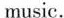
music.